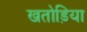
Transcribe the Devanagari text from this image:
खतोड़िया